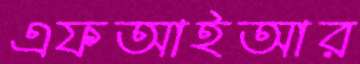
এফআইআর